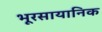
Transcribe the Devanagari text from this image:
भूरसायानिक